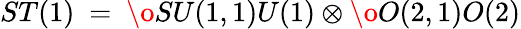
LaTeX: ST(1)~=~{\o{SU(1,1)}{U(1)}}\otimes{\o{O(2,1)}{O(2)}}